Vital statistics of India. Vol. V, Reports of 1876 on armies & jails and on epidemic cholera
Year: 1876
Disease focus: Cholera
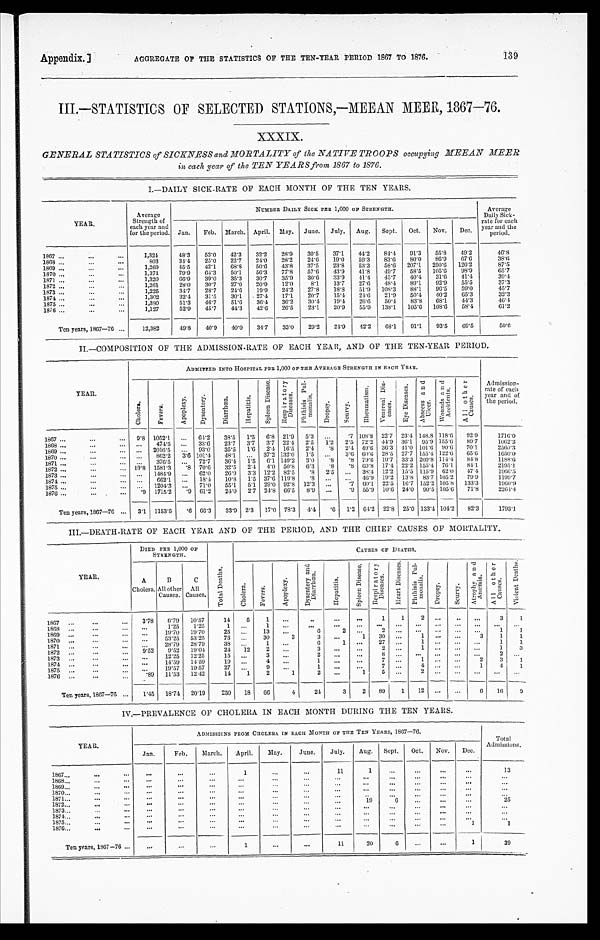
Appendix.] AGGREGATE OF THE STATISTICS OF THE TEN-YEAR PERIOD 1867 TO 1876. 139
III.—STATISTICS OF SELECTED STATIONS,—MEEAN MEER, 1867—76.
XXXIX.
GENERAL STATISTICS of SICKNESS and MORTALITY of the NATIVE TROOPS
occupying MEEAN MEER
in each year of the TEN YEARS from 1867 to 1876.
I.—DAILY SICK-RATE OF EACH MONTH OF THE TEN YEARS.
YEAR.
Average
Strength of
each year an
for the period.
NUMBER DAILY SICK PER 1,000 OF STRENGTH.
Average
Daily Sic
k - r a t e f o r e a c h
and the
y e a r a n d t h e p e r i o d .
Jan.
Feb.
March. April.
May.
June.
July.
Aug.
Sept.
Oct.
Nov.
Dec.
53.0
42.3
32.2
28.9
30.5
37.1
44.2
84.4
91.3
55.8
49.2
46.8
48.3
1867 . . .
1,324
1868 . . .
803
34.4
25.0
22.7
24.0
28.2
24.6
19.0
59.3
83.0
80.0
86.9
67.6
3 8 . 6
1869 . . .
1,269
45.5
42.1
68.8
50.6
43.8
37.5
23.8
53.3
58.6
207.1
250.6
126.2
87.5
1870 . . .
1,371
79.9
64.3
50.1
56.3
77.8
57.6
43.9
41.8
49.7
58.5
105.6
98.9
65.7
1871 . . .
1,320
66.9
39.0
35.3
30.7
35.9
30.6
33.9
4 1 . 4
45.7
40.4
31.6
41.4
39.4
1872 . . .
1,261
28.0
30.7
27.0
20.9
12.0
8.1
13.7
27.6
48.4
89.1
92.9
55.5
37.3
1873 . . .
1,225
34.7
28.7
24.6
19.9
24.2
27.8
18.8
51.9
108.3
88.1
96.5
59.0
45.7
1874 . . .
1,302
32.4
31.5
30.1
27.4
17.1
20.7
15.4
24.6
21.9
50.4
40.2
65.3
32.3
1875 . . .
1,380
51.3
46.7
51.6
36.4
36.2
30.4
19.4
26.6
50.4
83.8
68.1
44.3
4 6 . 4
1876 . . .
1,127
52.9
45.7
44.3
42.6
26.5
23.1
20.9
55.9
138.1
105.6
108.6
58.4
6 1 . 2
Ten years, 1867—76 . . .
12,382
49.8
40.9
40.0
34.7
33.0
29.2
24.9
42.2
68.1
91.1
93.5
69.5
5 0 . 6
II.—COMPOSITION OF THE ADMISSION-RATE OF EACH YEAR, AND OF THE TEN-YEAR PERIOD.
YEAR.
ADMITTED INTO HOSPITAL PER 1,000 OF THE AVERAGE STRENGTH IN EACH YEAR.
A d m i s s i o n - r a t e o f e a c h y e a r a n d o f t h e p e r i o d .
C h o l e r a .
F e v e r s .
A p o p l e x y .
D y s e n t e r y .
D i a r r h œ a .
H e p a t i t i s .
S p l e e n D i s e a s e .
R e s p i r a t o r y D i s e a s e s .
D r o p s y .
S c u r v y .
R h e u m a t i s m .
V e n e r e a l D i s e a s e s .
V e n e r e a l D i s e a s e s .
E y e D i s e a s e s .
Abs ccs s and Ul cer .
W o u n d s a n d A c c i d e n t s .
A l l o t h e r C a u s e s .
1867 . . .
9.8 1052.1
. . .
64.2
38.5
1.5
6.8 21.9
5.3
. . .
.7 108.8
22.7 23.4 148.8 118.6
92.9
1716.0
. . .
474.5
. . .
33.6
23.7
3.7
3.7
22.4
2.5
1.2
2.5
72.2 44.9 36.1
95.9 155.6
89.7
1062.2
1868 . . .
. . .
2016.5
. . .
93.0
35.5
1.6
2.4
16.5
2.4
.8
2.4 49.6
36.3 41.0 101.6
90.6
70.1
2560.3
1869 . . .
. . .
862.2
3.6 101.4
48.1
. . .
37.2 132.0
1.5
. . .
3.6 60.6
28.5
27.7 155.4 122.6
65.6
1650.0
1870 . . .
1871 . . .
. . .
376.5
. . .
72.7
36.4
l.5
6.1 149.2
3.0
.8
. 8 79.6
19.7
33.3 209.8 114.4
84.8
1188.6
19.8 1581.3
. 8 70.6
32.5
2.4
4.0 50.8
6.3
.8
. 8 69.8
17.4 22.2 155.4 76.1
84.1
2195.1
1872 . . .
. . .
1484.9
. . . 62.0
26.9
3.3 12.2
82.5
.8
2.5
. . . 38.4
12.2
15.5 115.9
6 2 . 0
47.4
1966.5
1873 . . .
. . .
662.1
. . .
18.4
10.8
1.5 37.6 119.8
.8
. . .
. . . 46.9
19.2
13.8 83.7 105.2
79.9
1199.7
1874 . . .
. . .
1204.3
. . . 71.0
55.1
5.1
29.0 92.8
12.3
. . .
. 7
6 0 . 1
22.5
16.7 152.2 105.8
133.3
1960.9
1875 . . .
.9
1715.2
. 9 61.2
24.0
2.7 24.8 66.5
8.9
. . .
. 9 55.9
10.6
24.0
90.5 105.6
71.8
2264.4
1876 . . .
Ten years, 1867—76 . . .
3.1
1153.5
. 6 66.3
33.9
2.3
17.0 78.3
4.4
.6
1.2 64.2
22.8
25.0 133.4 104.2
82.3
1793.1
III.—DEATH-RATE OF EACH YEAR AND OF THE PERIOD, AND THE CHIEF CAUSES OF MORTALITY.
Y E A R .
DIED PER 1,000 OF
STRENGTH.
T o t a l D e a t h s .
CAUSES OF DEATHS.
A
B
C
C h o l e r a .
F e v e r s .
A p o p l e x y .
D y s e n t e r y a n d D i a r r h œ a .
H e p a t i t i s .
S p l e e n D i s e a s e .
R e s p i r a t o r y D i s e a s e s .
H e a r t D i s e a s e s .
P h t h i s i s P u l - m o n a l i s .
D r o p s y .
S c u r v y .
A t r o p h y a n d A n æ m i a . A l l o t h e r C a u s e s .
V i o l e n t D e a t h s .
All other
Causes.
All
Causes.
Cholera.
1867 . . .
3.78
6.79
10.57
14
5
1
. . .
. . .
. . .
. . .
1
1
2
. . .
. . .
. . .
3
1
. . .
1.25
1.25
1
. . .
1
. . .
. . .
. . .
. . .
. . .
. . .
. . .
. . .
. . .
. . .
. . .
. . .
1868 . . .
. . .
19.70
19.70
25
. . .
13
. . .
6
2
. . .
2
. . .
. . .
. . .
. . .
. . .
1
1
1869 . . .
. . . 53.25
53.25
7 3
. . .
30
3
3
. . .
1
30
. . .
1
. . .
. . .
3
1
1
1870 . . .
. . .
28.79
28.79
38
. . .
1
. . .
6
1
. . .
27
. . .
1
. . .
. . .
. . .
1
1
1871 . . .
9.52
9.52
19.04
24
12
2
. . .
3
. . .
. . .
2
. . .
1
. . .
. . .
. . .
1
3
1872 . . .
. . .
12.25
12.25
15
. . .
3
. . .
2
. . .
. . .
8
. . .
. . .
. . .
. . .
. . .
2
. . .
1873 . . .
. . .
14.59
14.59
19
. . .
4
. . .
1
. . .
. . .
7
. . .
1
. . .
. . .
2
3
1
1874 . . .
. . .
19.57
19.57
27
. . .
9
. . .
1
. . .
. . .
7
. . .
4
. . .
. . .
1
4
1
1875 . . .
.89
11.53
12.42
14
1
2
1
2
. . .
1
5
. . .
2
. . .
. . .
. . .
. . .
. . .
1876 . . .
2
89
1
12
. . .
. . .
6
16
9
3
Ten years, 1867—76 . . .
1.45
18.74
20.19
250
18
66
4
24
IV.—PREVALENCE OF CHOLERA IN EACH MONTH DURING THE TEN YEARS.
YEAR.
ADMISSIONS PROM CHOLERA IN EACH MONTH OF THE TEN YEARS, 1867—76.
Total Admissions.
Jan.
Feb.
March.
April.
May.
June.
July.
Aug.
Sept.
Oct.
Nov.
Dec.
1
. . .
. . .
. . .
. . .
13
1867 . . .
. . .
. . .
. . .
1
. . .
. . .
11
1868 . . .
. . .
. . .
. . .
. . .
. . .
. . .
. . .
. . .
. . .
. . .
. . .
. . .
. . .
1869 . . .
. . .
. . .
. . .
. . .
. . .
. . .
. . .
. . .
. . .
. . .
. . .
. . .
. . .
1870 . . .
. . .
. . .
. . .
. . .
. . .
. . .
. . .
. . .
. . .
. . .
. . .
. . .
. . .
1871 . . .
. . .
. . .
. . .
. . .
. . .
. . .
. . .
. . .
. . .
. . .
. . .
. . .
. . .
19
6
25
1872 . . .
. . .
. . .
. . .
. . .
. . .
. . .
. . .
. . .
. . .
. . .
1873 . . .
. . .
. . .
. . .
. . .
. . .
. . .
. . .
. . .
. . .
. . .
. . .
. . .
. . .
1874 . . .
. . .
. . .
. . .
. . .
. . .
. . .
. . .
. . .
. . .
. . .
. . .
. . .
. . .
1875 . . .
. . .
. . .
. . .
. . .
. . .
. . .
. . .
. . .
. . .
. . .
. . .
. . .
. . .
1
1876 . . .
. . .
. . .
. . .
. . .
. . .
. . .
. . .
. . .
. . .
. . .
. . .
1
. . .
11
20
6
. . .
. . .
1
39
. . .
Ten years, 1867—76 . . .
. . .
. . .
. . .
1